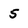
Character: 5